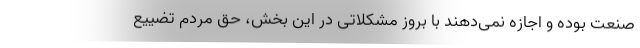
صنعت بوده و اجازه نمی‌دهند با بروز مشکلاتی در این بخش، حق مردم تضییع